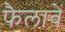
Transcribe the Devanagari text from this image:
फैलावें